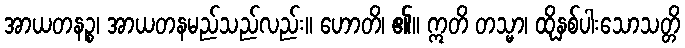
အာယတနဉ္စ၊ အာယတနမည်သည်လည်း။ ဟောတိ၊ ၏။ ဣတိ တသ္မာ၊ ထိုနှစ်ပါးသောသတ္တိ